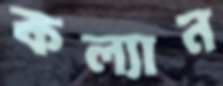
কল্যান